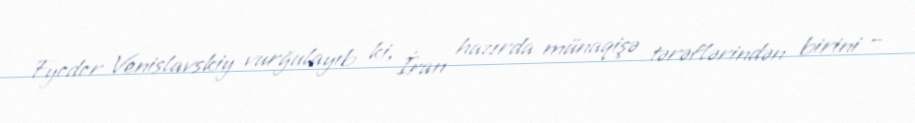
Fyodor Venislavskiy vurğulayıb ki, İran hazırda münaqişə tərəflərindən birini –